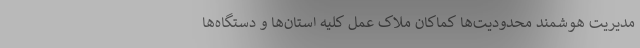
مدیریت هوشمند محدودیت‌­ها کماکان ملاک عمل کلیه استان‌­ها و دستگاه‌­ها